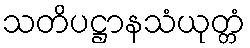
သတိပဋ္ဌာနသံယုတ္တံ